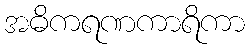
အဓိကရဏကာရိကာ